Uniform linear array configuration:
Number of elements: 64
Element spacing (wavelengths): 0.75
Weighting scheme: uniform
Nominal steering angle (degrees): -30
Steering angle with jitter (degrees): -30.261
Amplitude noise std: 0.05
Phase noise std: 0.05

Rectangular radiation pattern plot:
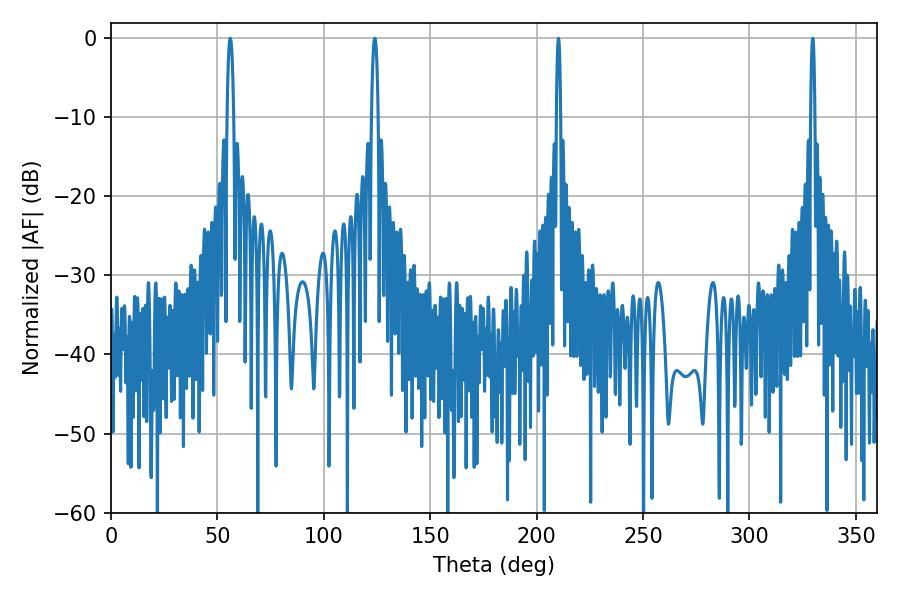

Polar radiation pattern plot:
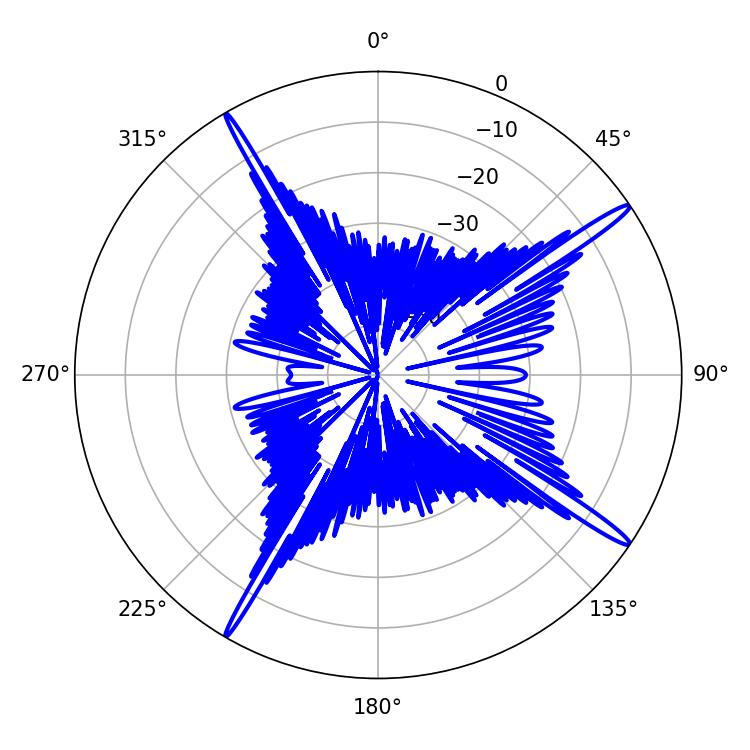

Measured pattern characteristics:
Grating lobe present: TRUE
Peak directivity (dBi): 17.257
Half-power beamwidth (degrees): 1.08
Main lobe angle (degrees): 329.76